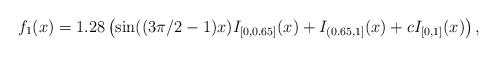
LaTeX: \begin{align*}f_1(x)=1.28\left(\sin((3\pi/2-1)x)I_{[0,0.65]}(x)+I_{(0.65,1]}(x)+cI_{[0,1]}(x)\right),\end{align*}